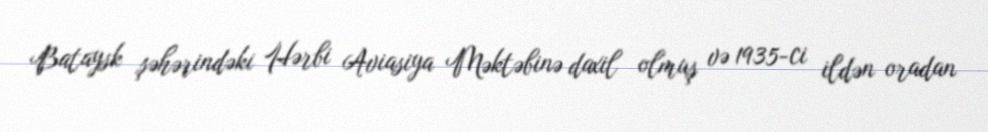
Bataysk şəhərindəki Hərbi Aviasiya Məktəbinə daxil olmuş və 1935-ci ildən oradan